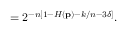
= 2 ^ { - n \left[ 1 - H \left( \mathbf { p } \right) - k / n - 3 \delta \right] } .